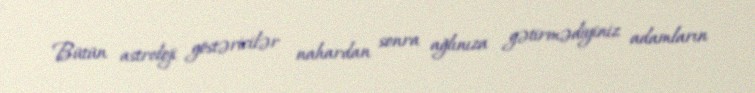
Bütün astroloji göstəricilər nahardan sonra ağlınıza gətirmədiyiniz adamların